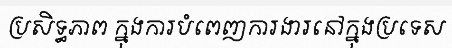
ប្រសិទ្ធភាព ក្នុងការបំពេញការងារនៅក្នុងប្រទេស